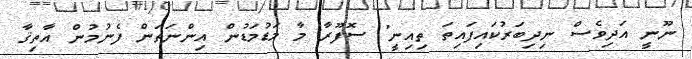
ނޫނީ އަދިވެސް ނިދިބަރުކައިފައިތަ ތިއިނީ" ސޮފޫރާ މާ މަޑުމަޑުން އިންނަތަން ފެނުމުން އާތިޤާ